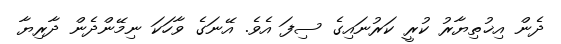
ދެން އިޚުތިޔާރު ކުރީ ކަރުނައިގެ ސިފަ އެވެ. އޭނަގެ ވާހަކަ ނިމޭންދެން ދާރިޔާ